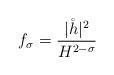
LaTeX: \begin{align*}f_\sigma=\frac{|\mathring{h}|^2}{H^{2-\sigma}}\end{align*}